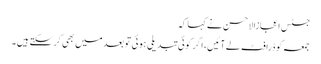
جسٹس اعجازالاحسن نے کہا کہ
جمعہ کو ڈرافٹ لے آئیں، اگر کوئی تبدیلی ہوئی تو بعد میں بھی کر سکتے ہیں ۔